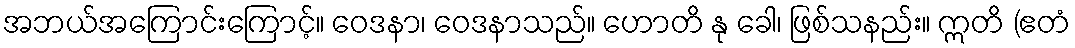
အဘယ်အကြောင်းကြောင့်။ ဝေဒနာ၊ ဝေဒနာသည်။ ဟောတိ နု ခေါ၊ ဖြစ်သနည်း။ ဣတိ (ဧတံ